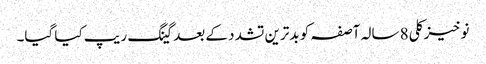
نوخیز کلی 8 سالہ آصفہ کو بدترین تشدد کے بعد گینگ ریپ کیا گیا۔